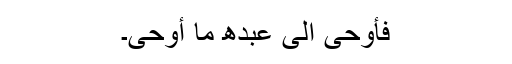
فَأَوْحَی اِلَی عَبْدِھ مَا أَوْحَی۔